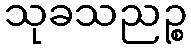
သုခသညဉ္စ